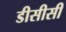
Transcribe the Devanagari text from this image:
डीसीसी